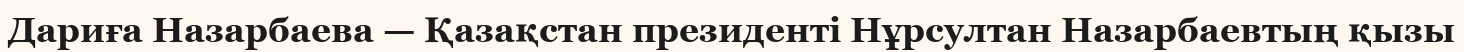
Дариға Назарбаева — Қазақстан президенті Нұрсултан Назарбаевтың қызы